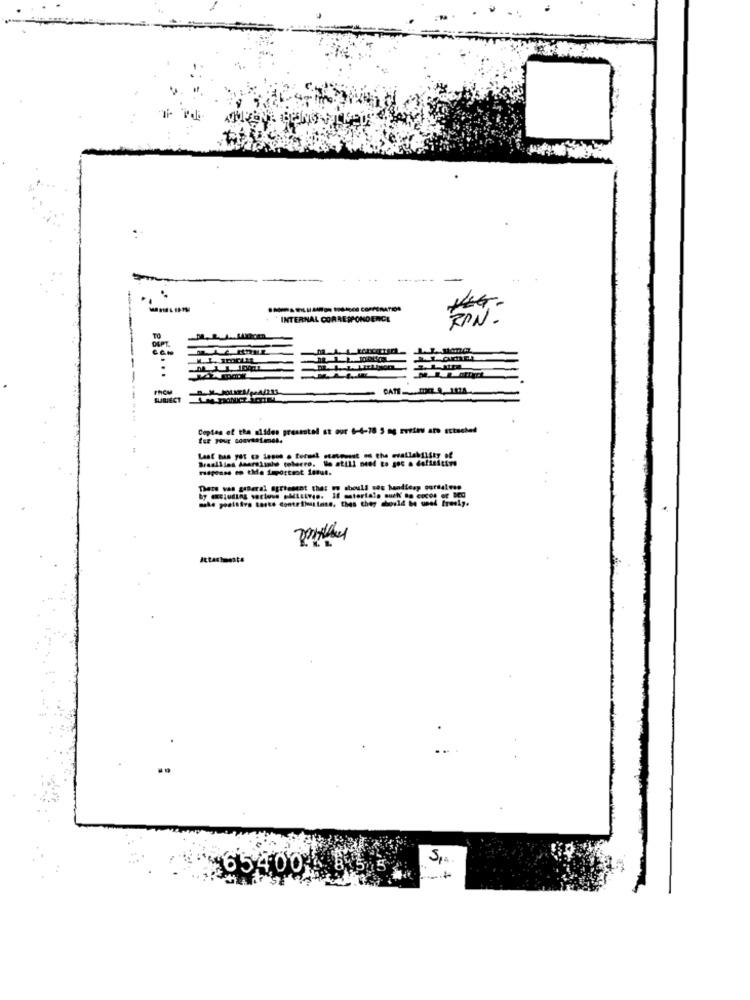
INTERNAL CORRESPONDENCE
RON-
GATE
--.
Copies of the misdes presentel st our 6-6-78 5 ag restes are ectsched
response en the important issut.
There van gaBeral atriesent that i should sos handicap oursaless
make postafra tarte contributions, thes they should be unel
65400 3